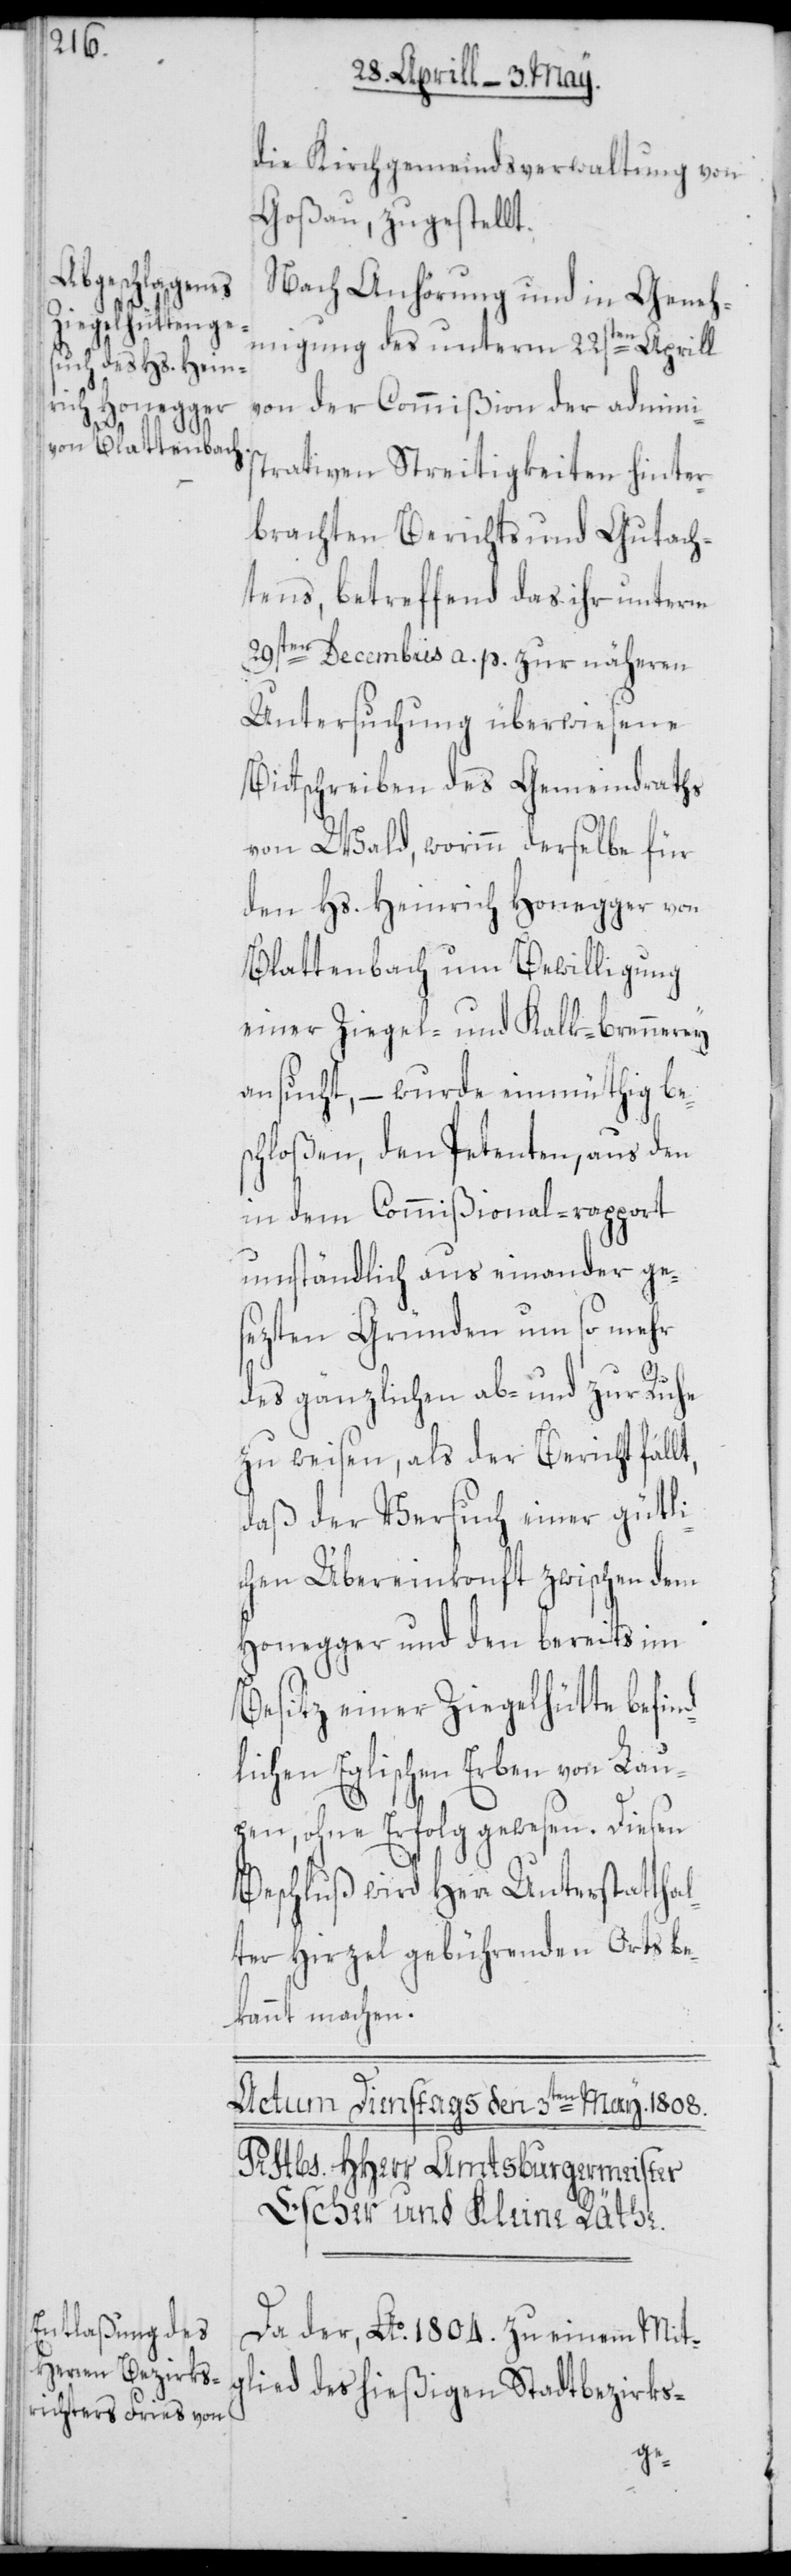
die Kirchgemeindsverwaltung von
Goßau, zugestellt.
Nach Anhörung und in Geneh¬
migung des unterm 22sten Aprill
von der Commißion der admini¬
strativen Streitigkeiten hinter¬
brachten Berichts und Gutach¬
tens, betreffend das ihr unterm
29sten Decembris a. p. zur näheren
Untersuchung überwiesene
Bittschreiben des Gemeindraths
von Wald, worinn derselbe für
den Hs. Heinrich Honegger von
Blattenbach um Bewilligung
einer Ziegel- und Kalk-brennerey
ansucht, – wurde einmüthig be¬
schloßen, den Petenten, aus den
in dem Commißional-rapport
umständlich aus einander ge¬
sezten Gründen um so mehr
t,
des gänzlichen ab- und zur Ruhe
zu weisen, als der Bericht fäll¬
daß der Versuch einer gütli¬
chen Übereinkonft zwischen dem
Honegger und den bereits im
Besitz einer Ziegelhütte befind¬
lichen Eglischen Erben von Lau¬
pen, ohne Erfolg gewesen. Diesen
Beschluß wird Herr Unterstatthal¬
ter Hirzel gebührenden Orts be¬
kannt machen.
Da der, Ao. 1804. zu einem Mit¬
glied des hießigen Stadtbezirks-